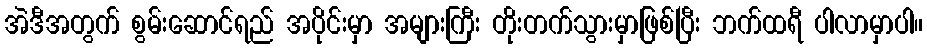
အဲဒီအတွက် စွမ်းဆောင်ရည် အပိုင်းမှာ အများကြီး တိုးတက်သွားမှာဖြစ်ပြီး ဘက်ထရီ ပါလာမှာပါ။